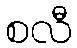
စလီ